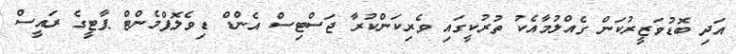
އަދި ބޮޑުވަޒީރުކަން ގެއްލުމާއެކު ތުރުކީގައި ވެރިކަންކުރާ ޖަސްޓިސް އެންޑް ޑިވެލޮޕްމެންޓް ޕާޓީގެ ރައީސް